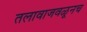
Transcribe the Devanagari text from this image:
तलावाजवळूनच